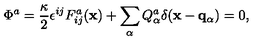
\Phi ^ { a } = { \frac { \kappa } { 2 } } \epsilon ^ { i j } F _ { i j } ^ { a } ( { \bf x } ) + \sum _ { \alpha } Q _ { \alpha } ^ { a } \delta ( { \bf x } - { \bf q } _ { \alpha } ) = 0 ,